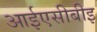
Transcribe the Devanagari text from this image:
आईएसीबीइ